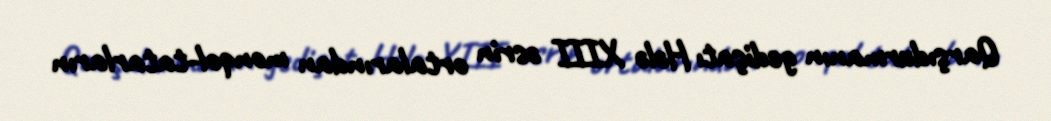
Qarşıdurmanın gedişatı Hələ XIII əsrin ortalarından monqol-tatarların